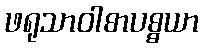
ဖရုသာဝါစာပစ္စယာ